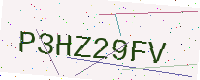
Text: P3HZ29FV